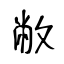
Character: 敝